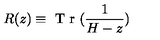
R ( z ) \equiv \textrm { T r } ( \frac { 1 } { H - z } )